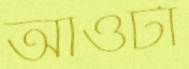
আওটা